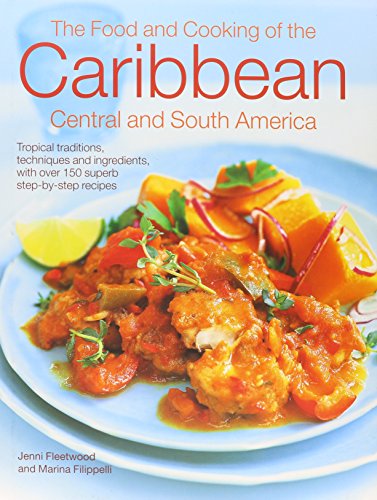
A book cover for The Caribbean, Central & South American Cookbook: Tropical Cuisines Steeped In History: All The Ingredients And Techniques, And 150 Sensational Step-By-Step Recipes.; Jenni Fleetwood; Cookbooks, Food & Wine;